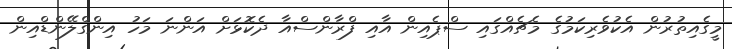
މީގެއިތުރުން އެކުވެރިކަމުގެ މެޗެއްގައި ސްޕެއިން އާއި ފްރާންސްއާ ދެކޮޅަށް އަންނަ މަހު އިންގްލޭންޑްއިން